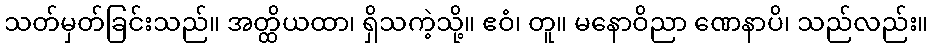
သတ်မှတ်ခြင်းသည်။ အတ္ထိယထာ၊ ရှိသကဲ့သို့။ ဧဝံ၊ တူ။ မနောဝိညာ ဏေနာပိ၊ သည်လည်း။